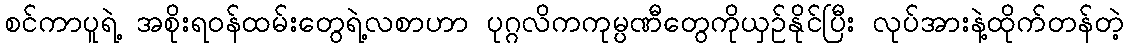
စင်ကာပူရဲ့ အစိုးရဝန်ထမ်းတွေရဲ့လစာဟာ ပုဂ္ဂလိကကုမ္ပဏီတွေကိုယှဉ်နိုင်ပြီး လုပ်အားနဲ့ထိုက်တန်တဲ့